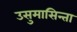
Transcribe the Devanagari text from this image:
उसुमासिन्ता